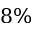
8 \%